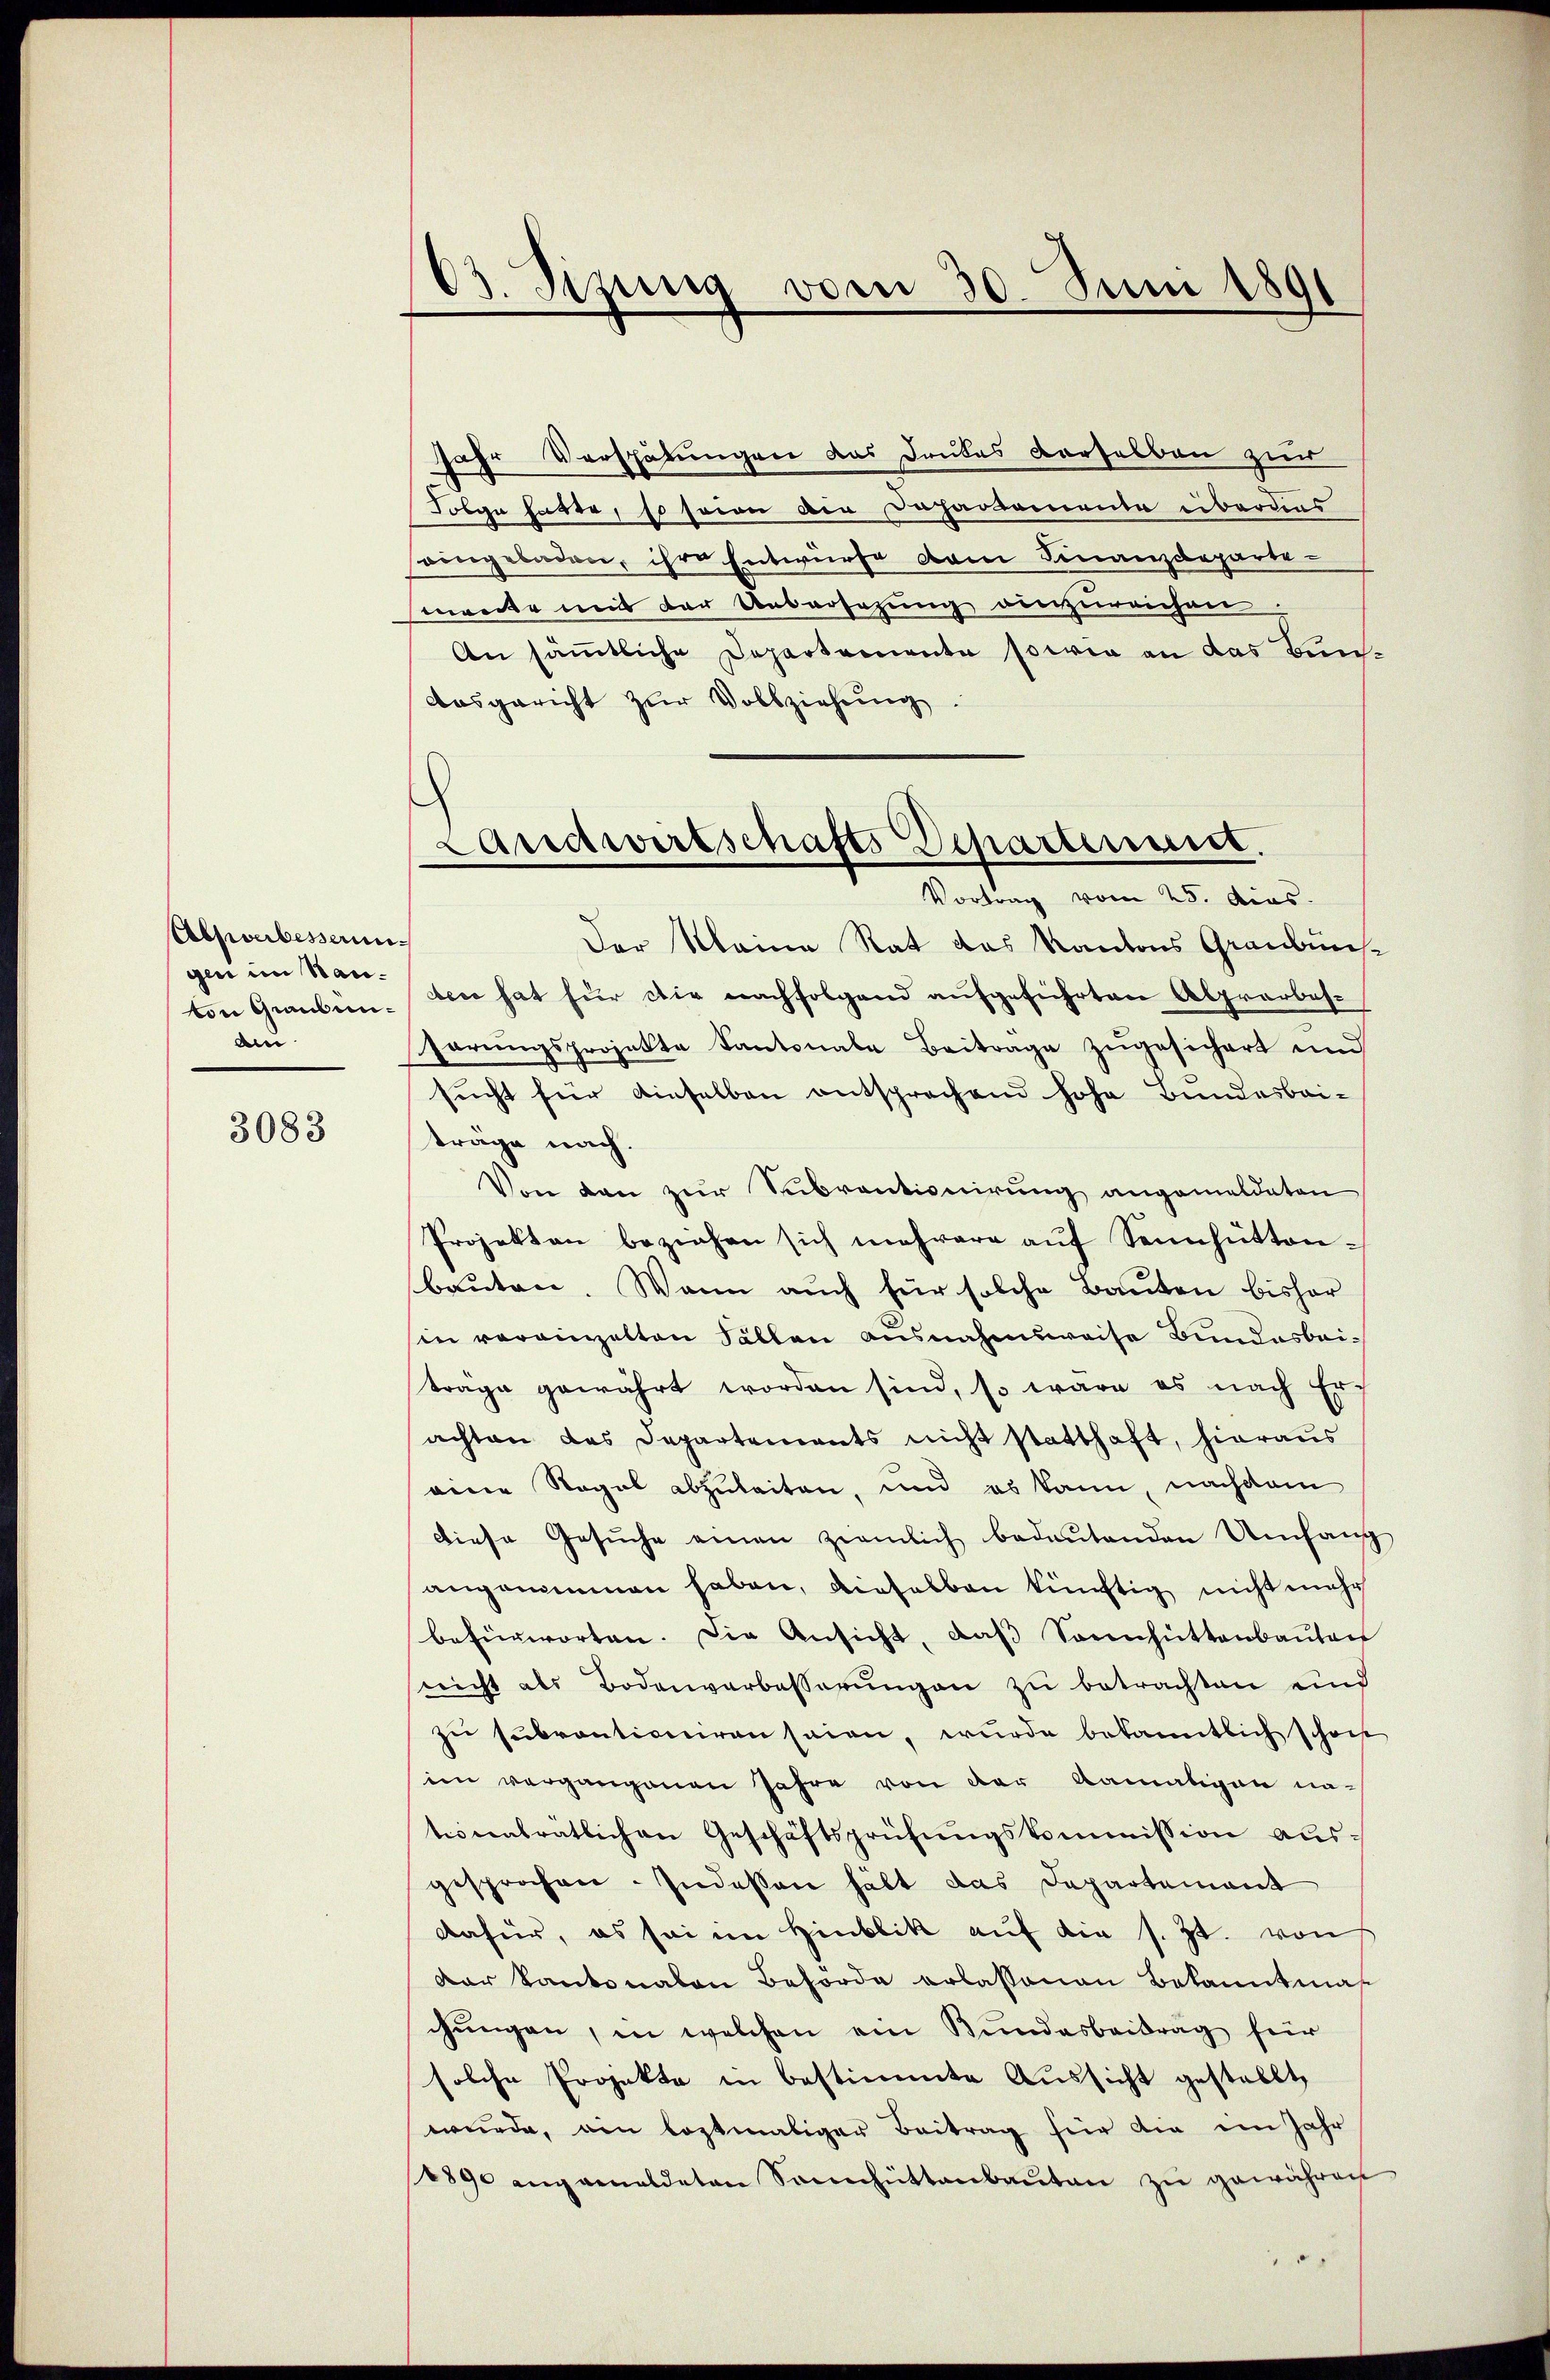
Absverbesserun
gen im Hauton Graubenden

3083

Jahr Verschätungen das Dantes derselben zur
Folge hatte, so sein die Departemente überdies
eingeladen, ihre Entwürfe vom Finanzdeparteweder uns der Uebersetzung einzureichen.
An sämmtliche Departemente sowie an das Bun¬
Ausgericht zur Vollziehung.

03. Sitzung vom 30. Juni 1891

Der Meine Rat das Kantons Graubünsden hat für die nachfolgend aufgeführten Alprarbesserŭngsprojekte Kantonale Beitrage zŭgesichert und
sucht für dieselben entsprochend hohe Bundesbri-
trage nach.
Von den zur Subventionirung angemeldeten
Projekten beziehen sich mehrere auf Sennhüttenbauten. Wenn auch für solche Bauten bisher
in verangelten Fällen ausnahmsweise Bundesbeitrage gewährt worden sind, so wäre es nach Er-
achten das Departements nicht statthaft, hieraus
eine Regel abzuleiten, und es kann, nachdem
diese Gesŭche einen ziemlich bedeŭtenden Umfang
angenommen haben, dieselben künftig nicht mehr
befürworten. Die Ansicht, daβ Sonnhüttenbaŭten
nicht als Bodenverbesserungen zu betrachten und
zu subventioniren seien, wurde bekanntlich schon
im vergangenen Jahre von der damaligen na-
tiventratlichen Geschäftsprüfungskommission aus:
gesprochen. Indessen hält das Departement
dafür, es sei im Hinblik auf die s. Zt. von
der Kantonalen Beförde erlassenen Bekanntmas
chungen, in welchen ein Bundesbeitrag für
solche Projekte in bestimmte Aussicht gestellt,
wurde, ein lostmaliger Beitrag für die im Jahr
1890 angemeldeten Sennhüttenbaŭten zŭ gewähren

Landwirtschafts Schartenung.
Vortrag vom 25. Aus